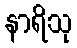
နာရိသု